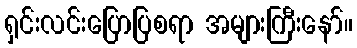
ရှင်းလင်းပြောပြစရာ အများကြီးနော်။